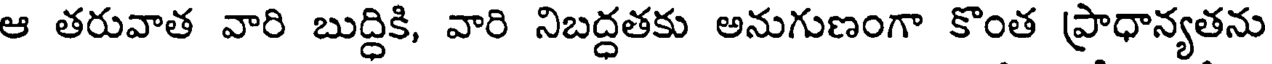
ఆ తరువాత వారి బుద్ధికి, వారి నిబద్ధతకు అనుగుణంగా కొంత ప్రాధాన్యతను